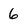
Character: 6